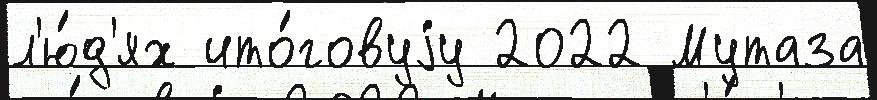
л'ю́д'ях ито́говуjу 2022 Мутаза